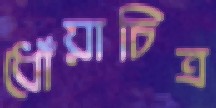
ধোঁয়াচিত্র